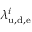
\lambda _ { \mathrm { u , d , e } } ^ { i }